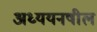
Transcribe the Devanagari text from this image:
अध्ययनषील